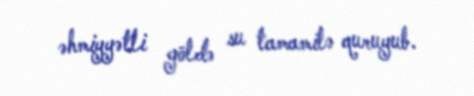
əhmiyyətli göldə su tamamilə quruyub.